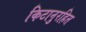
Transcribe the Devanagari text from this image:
किटानुरहित